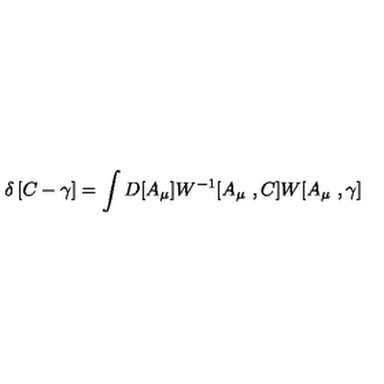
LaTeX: \delta \left[ C - \gamma \right] = \int D [ A _ { \mu } ] W ^ { - 1 } [ A _ { \mu } \ , C ] W [ A _ { \mu } \ , \gamma ]